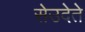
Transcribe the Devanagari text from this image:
सेउदेते